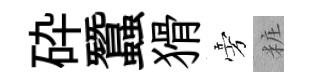
砕蠶猾旁粧